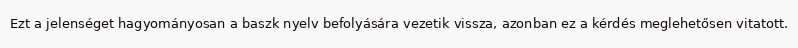
Ezt a jelenséget hagyományosan a baszk nyelv befolyására vezetik vissza, azonban ez a kérdés meglehetősen vitatott.